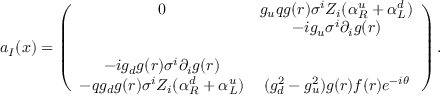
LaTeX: a _ { I } ( x ) = \left( \begin{array} { c c } { { 0 } } & { { g _ { u } q g ( r ) \sigma ^ { i } Z _ { i } ( \alpha _ { R } ^ { u } + \alpha _ { L } ^ { d } ) } } \\ { { } } & { { - i g _ { u } \sigma ^ { i } \partial _ { i } g ( r ) } } \\ { { } } & { { } } \\ { { - i g _ { d } g ( r ) \sigma ^ { i } \partial _ { i } g ( r ) } } & { { } } \\ { { - q g _ { d } g ( r ) \sigma ^ { i } Z _ { i } ( \alpha _ { R } ^ { d } + \alpha _ { L } ^ { u } ) } } & { { ( g _ { d } ^ { 2 } - g _ { u } ^ { 2 } ) g ( r ) f ( r ) e ^ { - i \theta } } } \end{array} \right) .